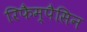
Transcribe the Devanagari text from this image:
रिफैम्पैसिन